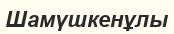
Шамүшкенұлы